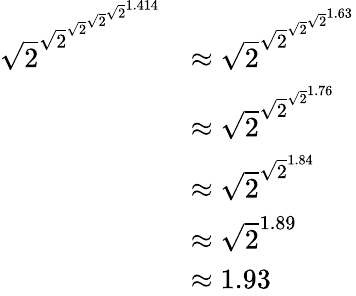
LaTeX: {\begin{array}{rl}{{\sqrt{2}}^{{\sqrt{2}}^{{\sqrt{2}}^{{\sqrt{2}}^{{\sqrt{2}}^{1.414}}}}}}&{\approx{\sqrt{2}}^{{\sqrt{2}}^{{\sqrt{2}}^{{\sqrt{2}}^{1.63}}}}}\\ &{\approx{\sqrt{2}}^{{\sqrt{2}}^{{\sqrt{2}}^{1.76}}}}\\ &{\approx{\sqrt{2}}^{{\sqrt{2}}^{1.84}}}\\ &{\approx{\sqrt{2}}^{1.89}}\\ &{\approx 1.93}\end{array}}